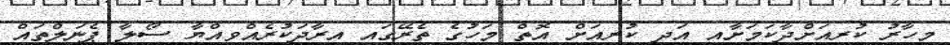
މިހާރު ކުރިއަށްދާކަމަށާއި އަދި ކުރިއަށް އޮތް މަހުގެ ތެރޭގައި އިރާދަކުރެއްވިއްޔާ ސޯލާ ޕެނަލްތައް